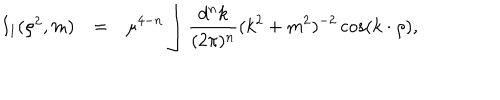
\begin{array} { r c l } { { I _ { 1 } ( \rho ^ { 2 } , m ) } } & { { = } } & { { \displaystyle \mu ^ { 4 - n } \int \frac { d ^ { n } k } { ( 2 \pi ) ^ { n } } ( k ^ { 2 } + m ^ { 2 } ) ^ { - 2 } \cos ( k \cdot \rho ) , } } \\ \end{array}